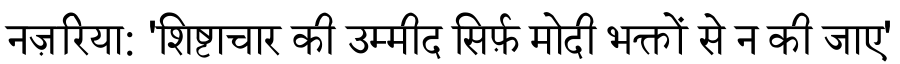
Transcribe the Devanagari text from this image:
नज़रिया: 'शिष्टाचार की उम्मीद सिर्फ़ मोदी भक्तों से न की जाए'